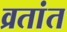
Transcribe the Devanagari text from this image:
व्रतांत